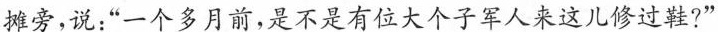
摊旁，说：“一个多月前，是不是有位大个子军人来这儿修过鞋?”